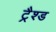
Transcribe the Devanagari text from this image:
ट्रैश्ड